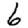
Digit: 6